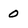
Character: 0